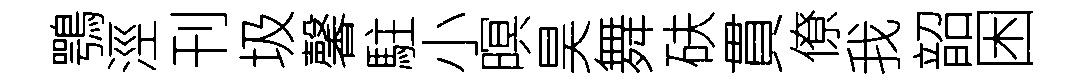
鶚涇刊圾馨駐小暝昊舞砆貫僚我韶困